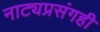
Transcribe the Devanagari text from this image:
नाट्यप्रसंगही